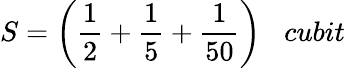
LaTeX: S={\bigg(}{\frac{1}{2}}+{\frac{1}{5}}+{\frac{1}{50}}{\bigg)}\; \; \; cubit